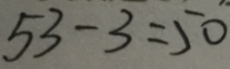
5 3 - 3 = 5 0